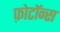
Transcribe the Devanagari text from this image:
फ़ोटॉन्स